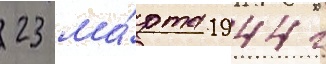
23 ма́рта 1944 г